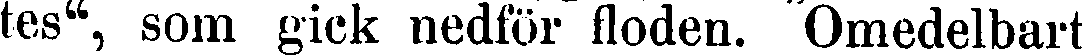
tes", som gick nedför floden. Omedelbart